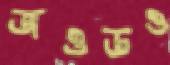
জওডও